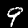
Label: 9